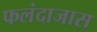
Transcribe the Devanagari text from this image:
फलंदाजास